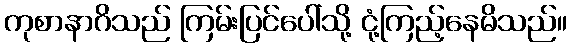
ကုစာနာဂိသည် ကြမ်းပြင်ပေါ်သို့ ငုံ့ကြည့်နေမိသည်။